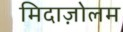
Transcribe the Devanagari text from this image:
मिदाज़ोलम